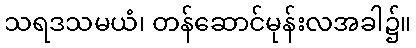
သရဒသမယံ၊ တန်ဆောင်မုန်းလအခါ၌။